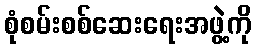
စုံစမ်းစစ်ဆေးရေးအဖွဲ့ကို